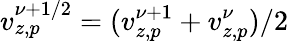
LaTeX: v_{z,p}^{\nu+1/2}=(v_{z,p}^{\nu+1}+v_{z,p}^{\nu})/2